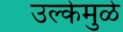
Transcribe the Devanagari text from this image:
उल्केमुळे